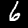
Digit: 6